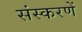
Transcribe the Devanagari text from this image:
संस्करणें